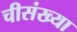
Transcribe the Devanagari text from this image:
चीसंख्या